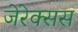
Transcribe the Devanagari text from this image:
जेरेक्सस